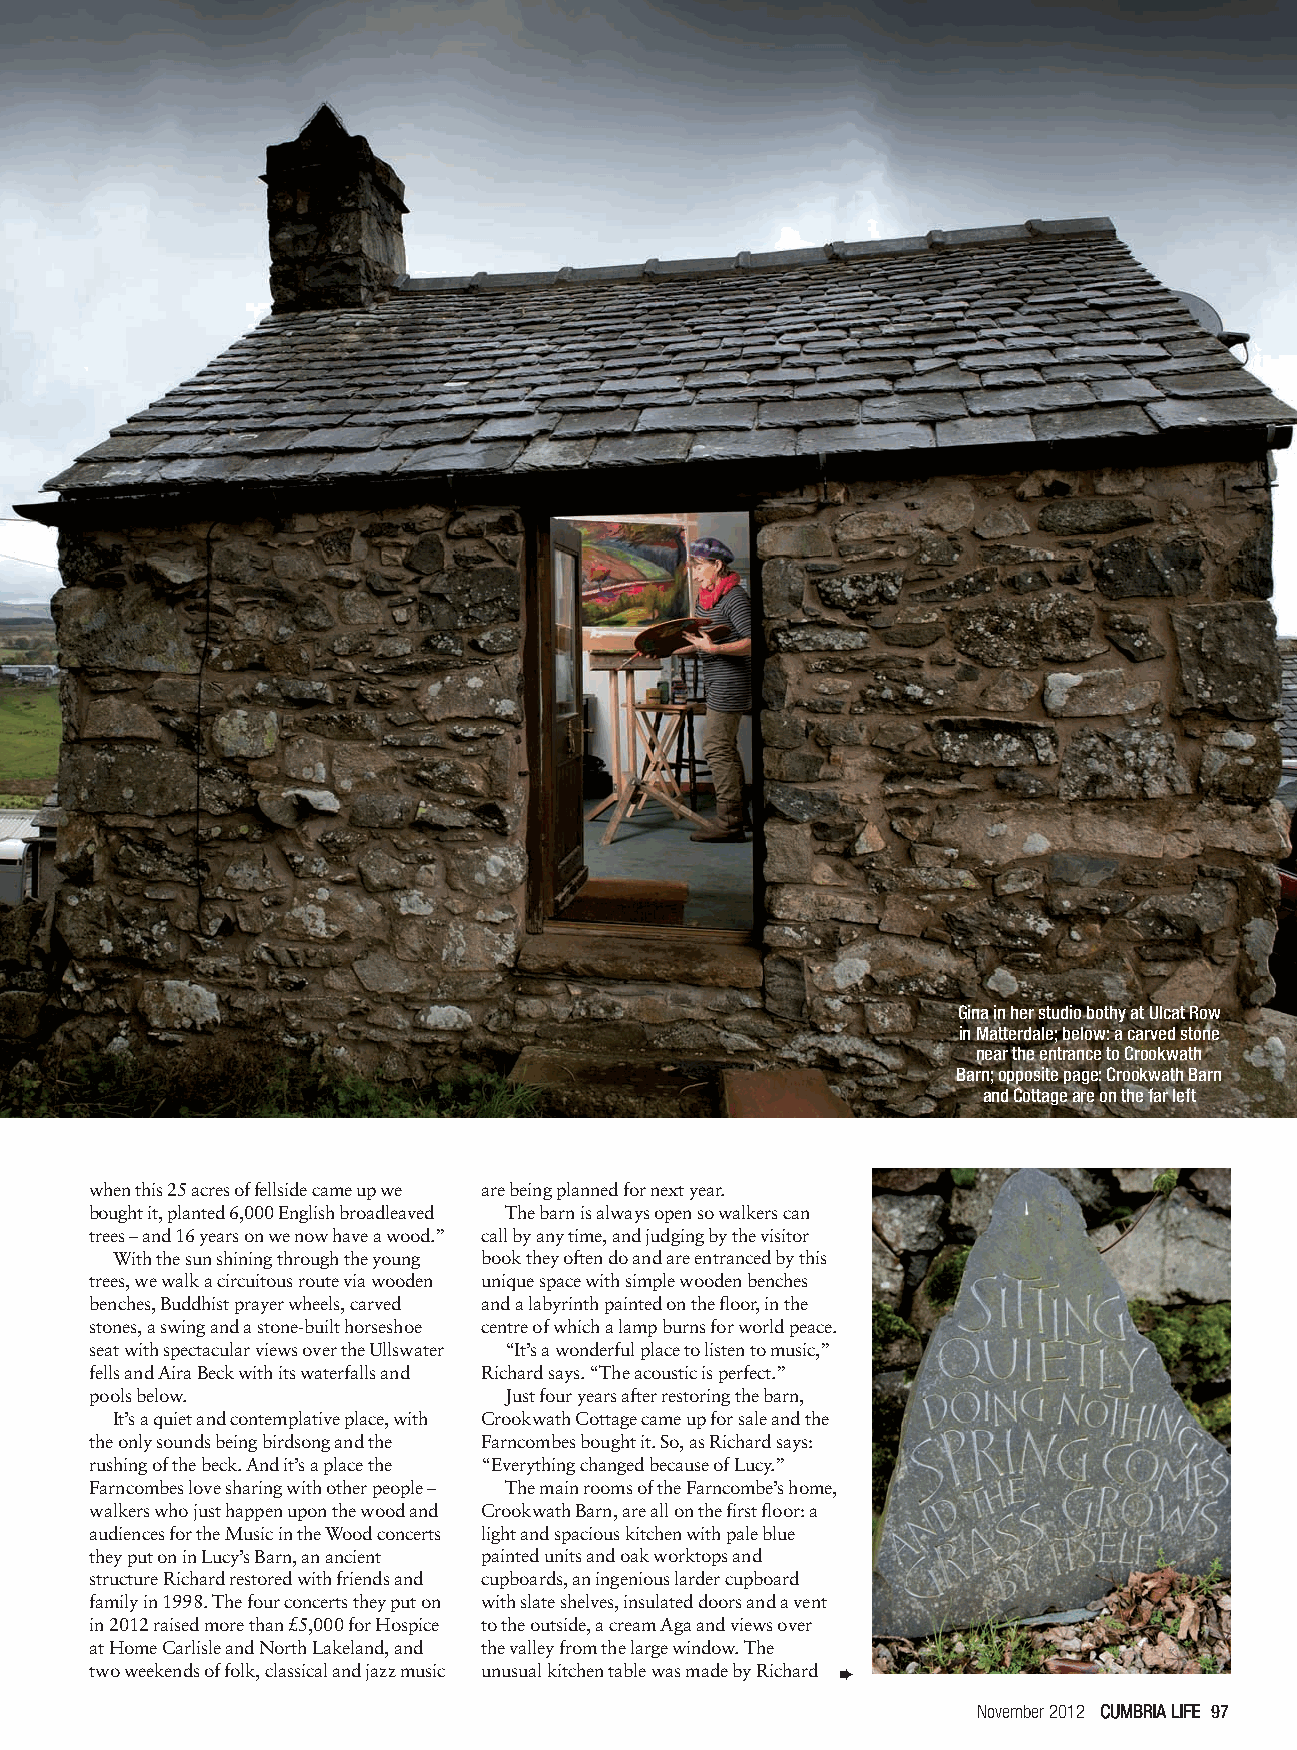
96-99,101 Crookwath v2.qxp 19/10/2012 17:24 Page 3
 Gina in her studio bothy at Ulcat Row
 inMatterdale; below:a carved stone
 near the entrance to Crookwath
 Barn; opposite page:Crookwath Barn
 and Cottage are on the far left
 when this 25 acres of fellside came up we are being planned for next year.
 bought it, planted 6,000 English broadleaved The barn is always open so walkers can
 trees – and 16 years on we now have a wood.” call by any time, and judging by the visitor
 With the sun shining through the young book they often do and are entranced by this
 trees, we walk a circuitous route via wooden unique space with simple wooden benches
 benches, Buddhist prayer wheels, carved and a labyrinth painted on the floor, in the
 stones, a swing and a stone-built horseshoe centre of which a lamp burns for world peace.
 seat with spectacular views over the Ullswater “It’s a wonderful place to listen to music,”
 fells and Aira Beck with its waterfalls and Richard says. “The acoustic is perfect.”
 pools below.               Just four years after restoring the barn,
 It’s a quiet and contemplative place, with Crookwath Cottage came up for sale and the
 the only sounds being birdsong and the Farncombes bought it. So, as Richard says:
 rushing of the beck. And it’s a place the “Everything changed because of Lucy.”
 Farncombes love sharing with other people – The main rooms of the Farncombe’s home,
 walkers who just happen upon the wood and Crookwath Barn, are all on the first floor: a
 audiences for the Music in the Wood concerts light and spacious kitchen with pale blue
 they put on in Lucy’s Barn, an ancient painted units and oak worktops and
 structure Richard restored with friends and cupboards, an ingenious larder cupboard
 family in 1998. The four concerts they put on with slate shelves, insulated doors and a vent
 in 2012 raised more than £5,000 for Hospice to the outside, a cream Aga and views over
 at Home Carlisle and NorthLakeland, and the valley from the large window. The
 two weekends of folk, classical and jazz music unusual kitchen table was made by Richard ➨
 November 2012 CCUUMMBBRRIIAA LLIIFFEE 97